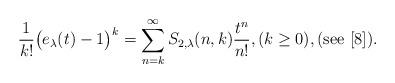
LaTeX: \begin{align*}\frac{1}{k!}\big(e_{\lambda}(t)-1\big)^{k}=\sum_{n=k}^{\infty}S_{2,\lambda}(n,k)\frac{t^{n}}{n!},(k\ge 0),(\mathrm{see}\ [8]).\end{align*}